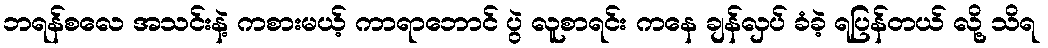
ဘရန်စလေ အသင်းနဲ့ ကစားမယ့် ကာရာဘောင် ပွဲ လူစာရင်း ကနေ ချန်လှပ် ခံခဲ့ ရပြန်တယ် လို့ သိရ